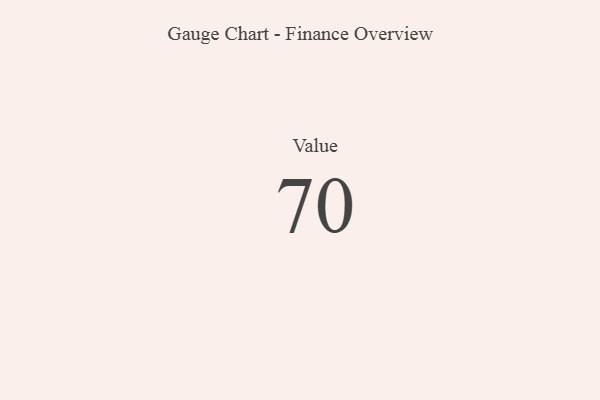
{"axis": {"x": "Metric", "y": "Value"}, "legend": [""], "data": [{"x": "Value", "y": 70, "type": ""}]}